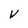
Character: V